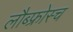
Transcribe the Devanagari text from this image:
लौब्फ्रोस्च